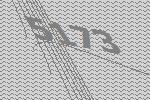
5173